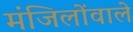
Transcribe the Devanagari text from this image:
मंजिलोंवाले